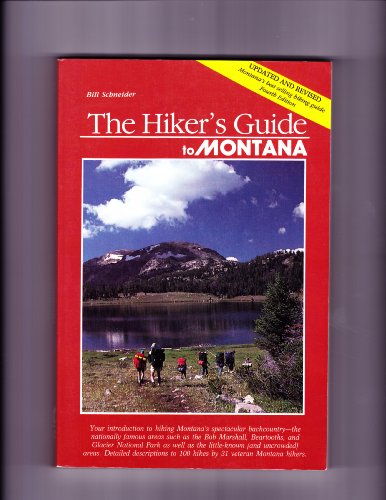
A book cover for Hikers Guide to Montana; Bill Schneider; Travel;